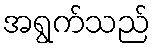
အရွက်သည်